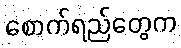
စောက်ရည်တွေက